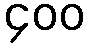
၄၀၀